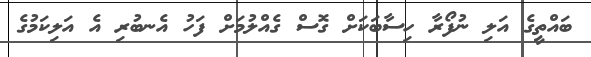
ބައްތީގެ އަލި ނުފޯރާ ހިސާބަކަށް ގޮސް ގެއްލުމަށް ފަހު އެނބުރި އެ އަލިކަމުގެ